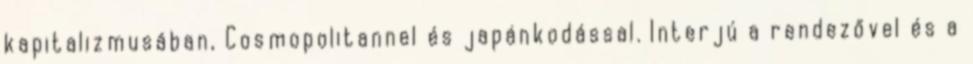
kapitalizmusában, Cosmopolitannel és japánkodással. Interjú a rendezővel és a